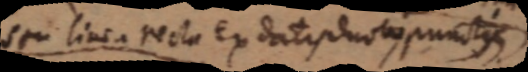
seu linea recta ex datis ducto punctis